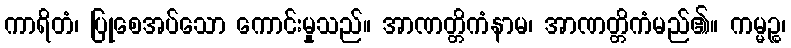
ကာရိတံ၊ ပြုစေအပ်သော ကောင်းမှုသည်။ အာဏတ္တိကံနာမ၊ အာဏတ္တိကံမည်၏။ ကမ္မဉ္စ၊